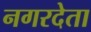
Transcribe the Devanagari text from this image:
नगरदेता